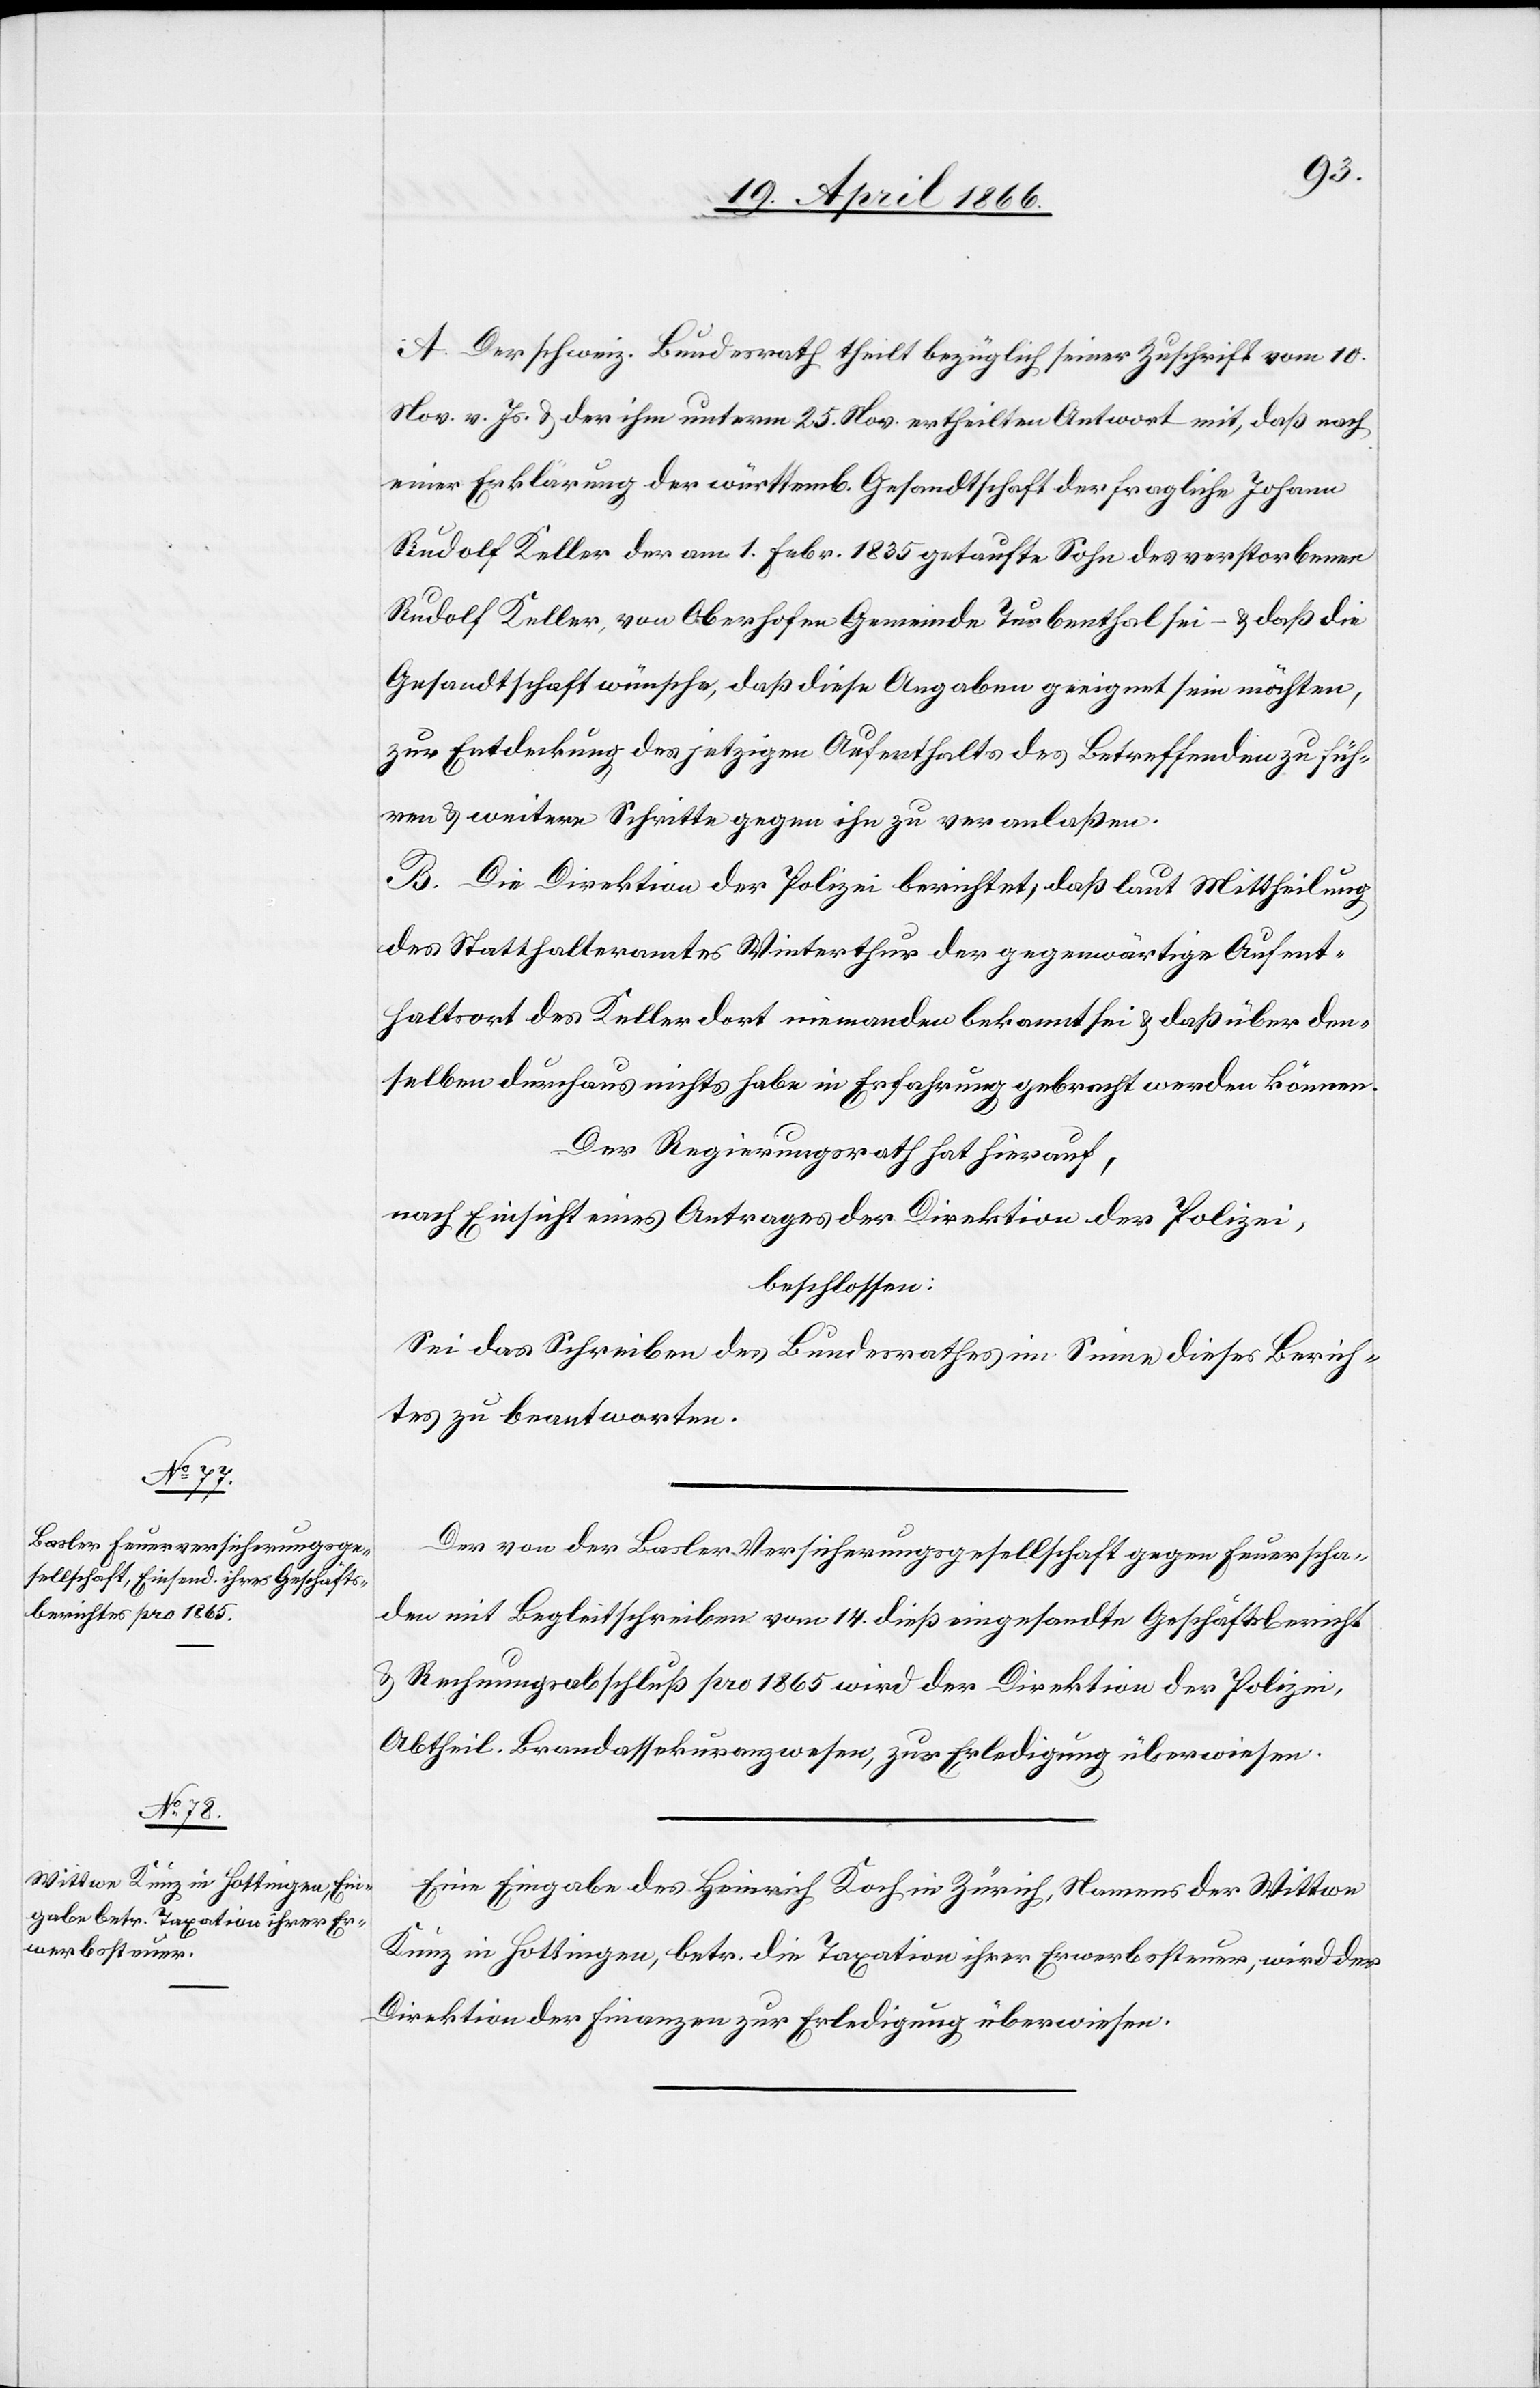
A. Der schweiz. Bundesrath theilt bezüglich seiner Zuschrift vom 10.
Nov. v. Js. u. der ihm unterm 25. Nov ertheilten Antwort mit, daß nach
einer Erklärung der württemb. Gesandtschaft der fragliche Johann
Rudolf Keller der am 1. Febr. 1835 getaufte Sohn der verstorbenen
Rudolf Keller, von Oberhofen Gemeinde Turbenthal sei – u. daß die
Gesandtschaft wünsche, daß diese Angaben geeignet sein möchten,
zur Entdeckung des jetzigen Aufenthalts des Betreffenden zu füh¬
ren u. weitere Schritte gegen ihn zu veranlaßen.
B. Die Direktion der Polizei berichtet, daß laut Mittheilung
des Statthalteramtes Winterthur der gegenwärtige Aufent¬
haltsort des Keller dort niemandem bekannt sei u. daß über den¬
selben durchaus nichts habe in Erfahrung gebracht werden können.
Der Regierungsrath hat hierauf,
nach Einsicht eines Antrages der Direktion der Polizei,
beschlossen:
Sei das Schreiben des Bundesrathes im Sinne dieses Berich¬
tes zu beantworten.
Der von der Basler Versicherungsgesellschaft gegen Feuerscha¬
den mit Begleitschreiben vom 14. dieß eingesandte Geschäftsbericht
u. Rechnungsabschluß pro 1865 wird der Direktion der Polizei,
Abtheil. Brandassekuranzwesen, zur Erledigung überwiesen.
Eine Eingabe des Heinrich Koch in Zürich, Namens der Wittwe
Kunz in Hottingen, betr. die Taxation ihrer Erwerbssteuer, wird der
Direktion der Finanzen zur Erledigung überwiesen.